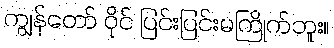
ကျွန်တော် ဝိုင် ပြင်းပြင်းမကြိုက်ဘူး။